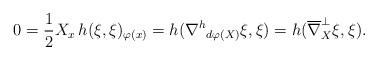
LaTeX: \begin{align*} 0=\frac12 X_x\,h(\xi,\xi)_{\varphi(x)}=h({\nabla^h}_{d\varphi(X)}\xi,\xi)=h(\overline{\nabla}^{\perp}_X\xi,\xi). \end{align*}